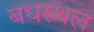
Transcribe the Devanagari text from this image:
बधस्थल